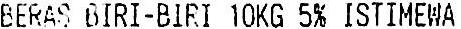
BERAS BIRI-BIRI 10KG 5% ISTIMEWA